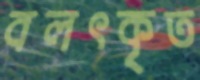
বলৎকৃত